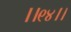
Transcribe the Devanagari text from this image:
।।९४।।